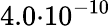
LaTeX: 4.0{\cdot}10^{-10}